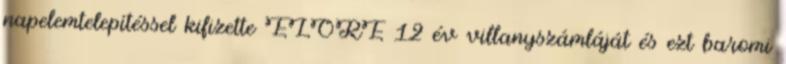
napelemtelepítéssel kifizette ELŐRE 12 év villanyszámláját és ezt baromi